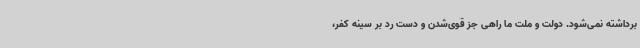
برداشته نمی‌شود. دولت و ملت ما راهی جز قوی‌شدن و دست رد بر سینه کفر،